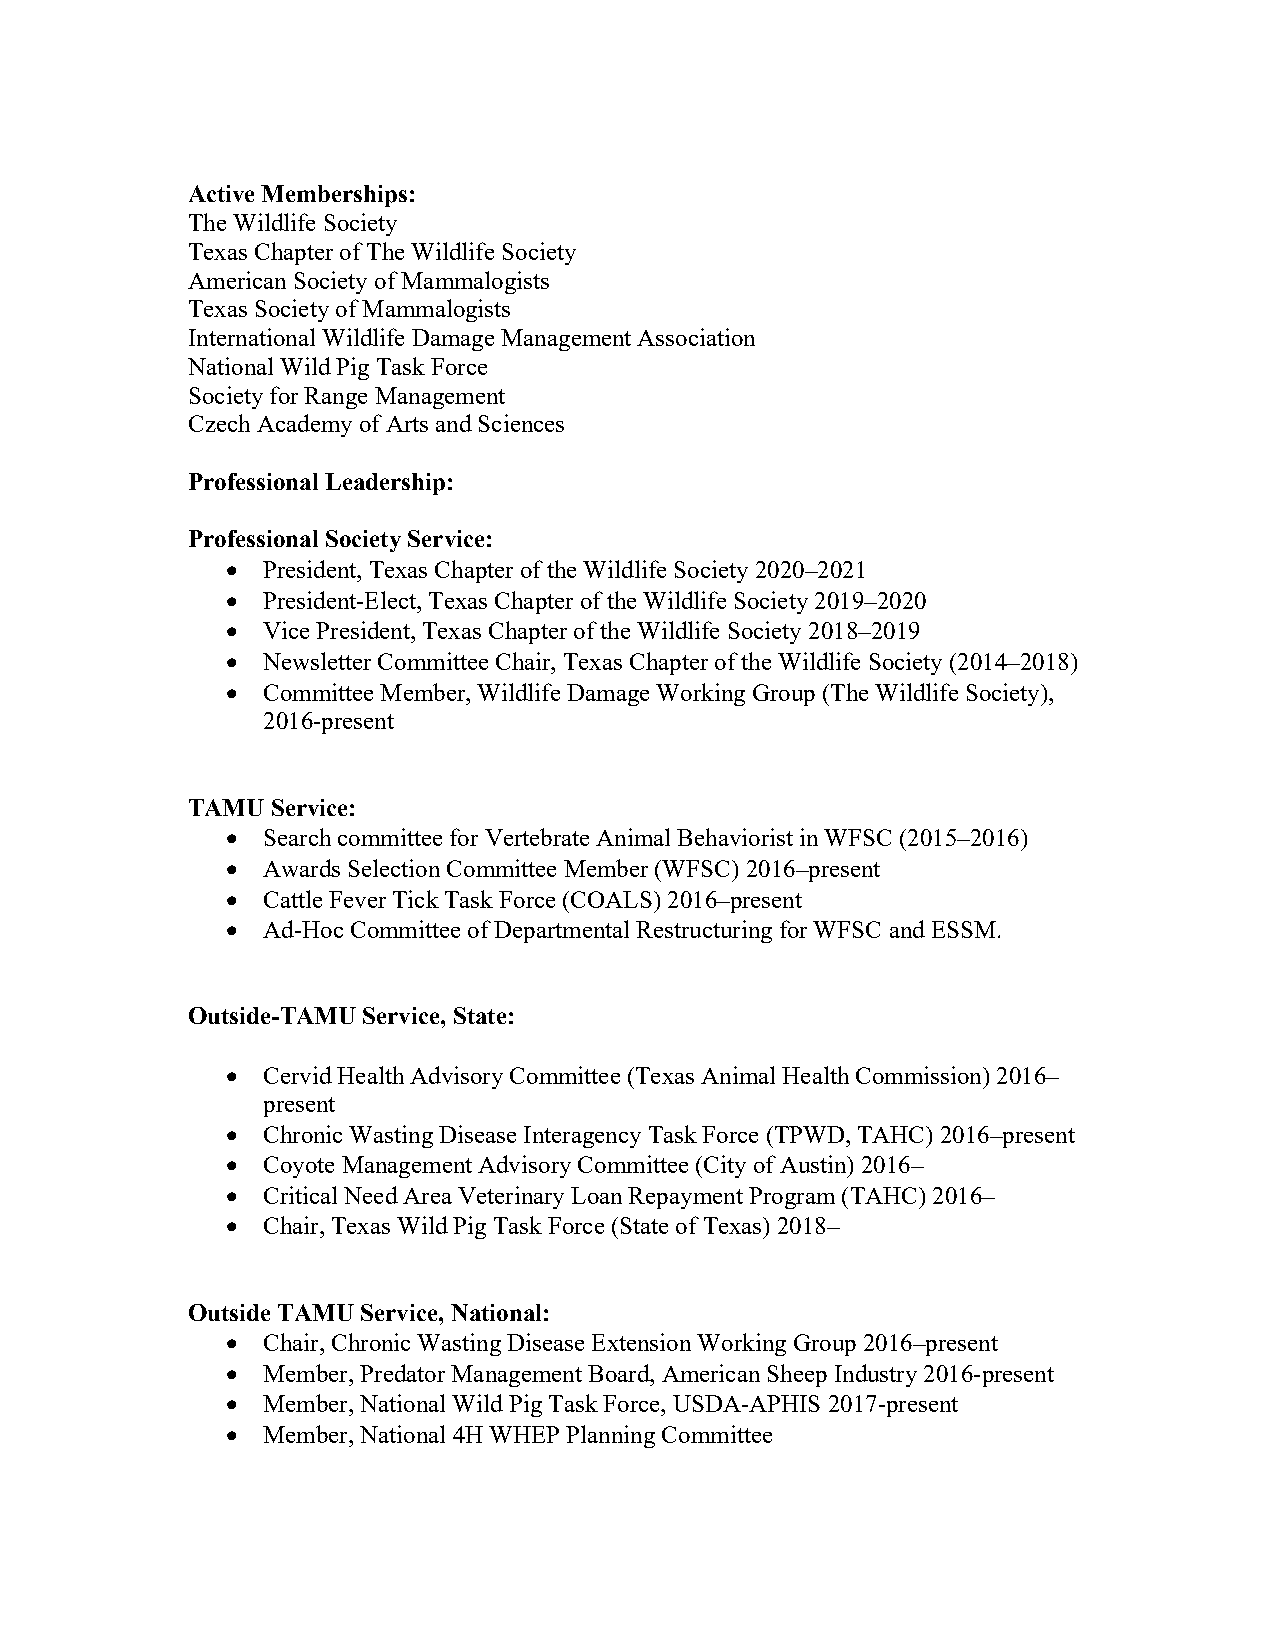
Active Memberships:
 The Wildlife Society
 Texas Chapter of The Wildlife Society
 American Society of Mammalogists
 Texas Society of Mammalogists
 International Wildlife Damage Management Association
 National Wild Pig Task Force
 Society for Range Management
 Czech Academy of Arts and Sciences
 Professional Leadership:
 Professional Society Service:
 • President, Texas Chapter of the Wildlife Society 2020–2021
 • President-Elect, Texas Chapter of the Wildlife Society 2019–2020
 • Vice President, Texas Chapter of the Wildlife Society 2018–2019
 • Newsletter Committee Chair, Texas Chapter of the Wildlife Society (2014–2018)
 • Committee Member, Wildlife Damage Working Group (The Wildlife Society),
 2016-present
 TAMU  Service:
 • Search committee for Vertebrate Animal Behaviorist in WFSC (2015–2016)
 • Awards Selection Committee Member (WFSC) 2016–present
 • Cattle Fever Tick Task Force (COALS) 2016–present
 • Ad-Hoc Committee of Departmental Restructuring for WFSC and ESSM.
 Outside-TAMU Service, State:
 • Cervid Health Advisory Committee (Texas Animal Health Commission) 2016–
 present
 • Chronic Wasting Disease Interagency Task Force (TPWD, TAHC) 2016–present
 • Coyote Management Advisory Committee (City of Austin) 2016–
 • Critical Need Area Veterinary Loan Repayment Program (TAHC) 2016–
 • Chair, Texas Wild Pig Task Force (State of Texas) 2018–
 Outside TAMU Service, National:
 • Chair, Chronic Wasting Disease Extension Working Group 2016–present
 • Member, Predator Management Board, American Sheep Industry 2016-present
 • Member, National Wild Pig Task Force, USDA-APHIS 2017-present
 • Member, National 4H WHEP Planning Committee